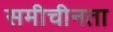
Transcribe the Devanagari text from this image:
समीचीनता